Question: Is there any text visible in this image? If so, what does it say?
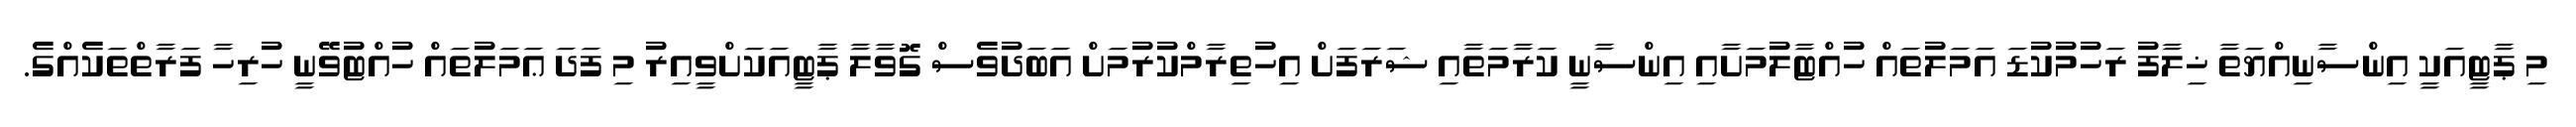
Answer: މި ޕާޓީއަކީ އިންސާނިއްޔަތާ ޚިލާފު ރަހުމުކުޑަ އަމަލުތައް ހުއްޓާލުމަށާއި އިންސާނީ ކަރާމަތާއި ޝަރަފަށް އިހުތިރާމްކުރުމަށް އަބަދުވެސް ގޮވާލާ ޕާޓީއަކަށްވީއިރު މި ފަދަ ޢަމަލުތައް ހުއްޓުވޭނީ ހުރިހާ ފަރާތްތަކެއްގެ.